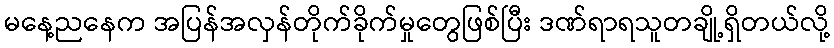
မနေ့ညနေက အပြန်အလှန်တိုက်ခိုက်မှုတွေဖြစ်ပြီး ဒဏ်ရာရသူတချို့ရှိတယ်လို့